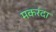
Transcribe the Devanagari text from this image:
मकरंदा